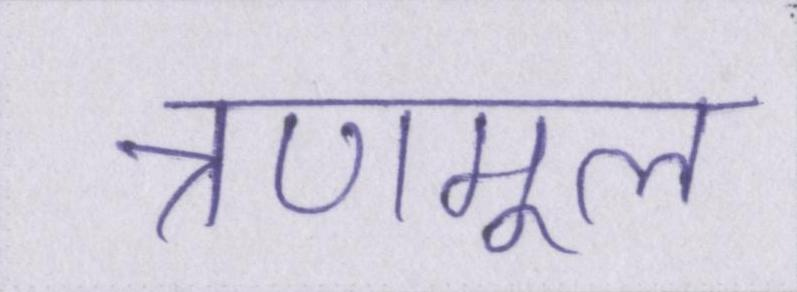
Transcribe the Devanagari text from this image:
त्रणमूल